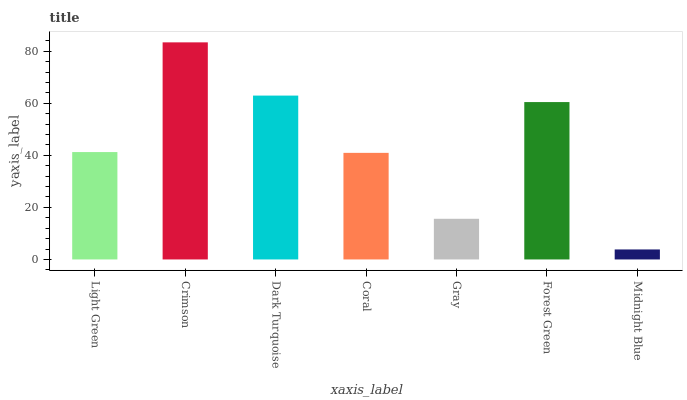
| xaxis_label | bars |
 | --- | --- |
 | Light Green | 41.3 |
 | Crimson | 83.4 |
 | Dark Turquoise | 63 |
 | Coral | 40.9 |
 | Gray | 15.6 |
 | Forest Green | 60.5 |
 | Midnight Blue | 3.84 |